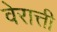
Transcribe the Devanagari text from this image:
वेरात्ती